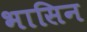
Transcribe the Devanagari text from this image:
भासिन